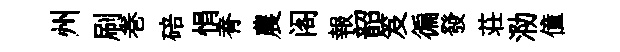
州刷巻碚悁脊農阁報韶笈徧發荘泐僮